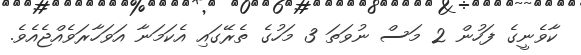
ކާވެނީގެ ފަހުން 2 މަސް ނުވަތަ 3 މަހުގެ ތެރޭގައި އެކަމަނާ އަވަހާރަވެއްޖެއެވެ.